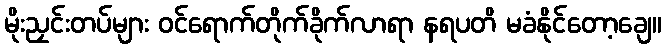
မိုးညှင်းတပ်များ ဝင်ရောက်တိုက်ခိုက်လာရာ နရပတိ မခံနိုင်တော့ချေ။